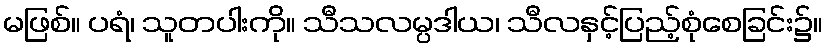
မဖြစ်။ ပရံ၊ သူတပါးကို။ သီသလမ္ပဒါယ၊ သီလနှင့်ပြည့်စုံစေခြင်း၌။